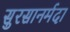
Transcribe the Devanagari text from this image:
सुरसानर्मदा